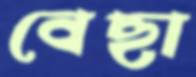
বেছা